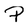
Character: P